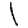
Digit: 1